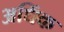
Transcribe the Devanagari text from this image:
अधिंक